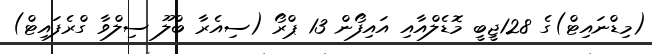
(މިޑްނައިޓް)ގެ 128ޖީބީ މޮޑެލްއާއި އައިފޯން 13 ޕްރޯ (ސިއެރާ ބްލޫ ސިލްވާ ގްރެފައިޓް)